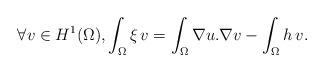
LaTeX: \begin{align*}\forall v\in H^1(\Omega), \int_\Omega \xi\,v=\int_\Omega \nabla u.\nabla v-\int_\Omega h\,v.\end{align*}